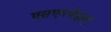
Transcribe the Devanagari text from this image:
एसएमजेईसी